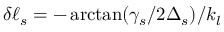
\delta \ell _ { s } = - \arctan ( \gamma _ { s } / 2 \Delta _ { s } ) / k _ { l }